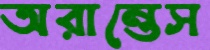
অরান্তেস